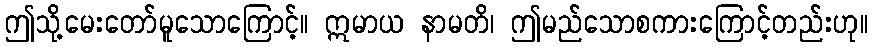
ဤသို့မေးတော်မူသောကြောင့်။ ဣမာယ နာမတိ၊ ဤမည်သောစကားကြောင့်တည်းဟု။